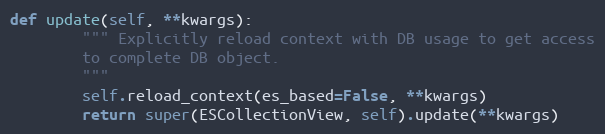
Language: Python
def update(self, **kwargs):
        """ Explicitly reload context with DB usage to get access
        to complete DB object.
        """
        self.reload_context(es_based=False, **kwargs)
        return super(ESCollectionView, self).update(**kwargs)